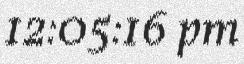
12:05:16 pm